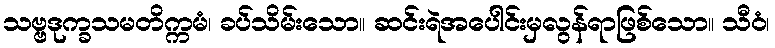
သဗ္ဗဒုက္ခသမတိက္ကမံ၊ ခပ်သိမ်းသော။ ဆင်းရဲအပေါင်းမှလွန်ရာဖြစ်သော။ သီဝံ၊